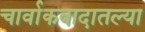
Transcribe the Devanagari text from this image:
चार्वाकवादातल्या